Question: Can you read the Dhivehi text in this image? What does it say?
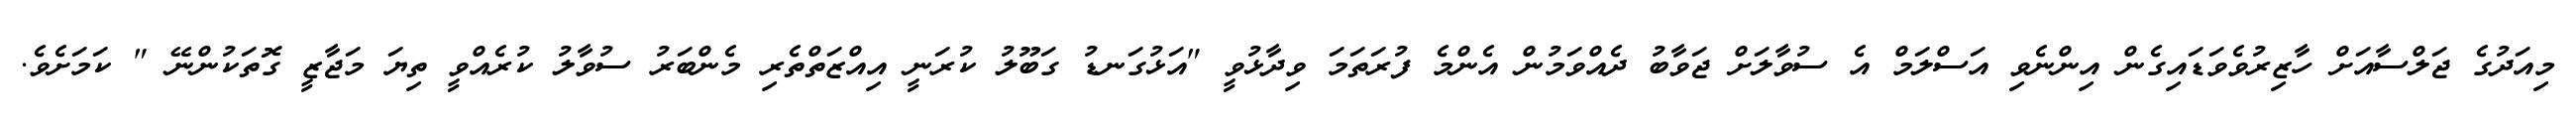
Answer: މިއަދުގެ ޖަލްސާއަށް ހާޒިރުވެވަޑައިގެން އިންނެވި އަސްލަމް އެ ސުވާލަށް ޖަވާބު ދެއްވަމުން އެންމެ ފުރަތަމަ ވިދާޅުވީ "އަޅުގަނޑު ގަބޫލު ކުރަނީ އިއްޒަތްތެރި މެންބަރު ސުވާލު ކުރެއްވީ ތިޔަ މަޖާޒީ ގޮތަކުންނޭ " ކަމަށެވެ.